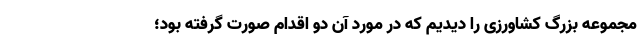
مجموعه بزرگ کشاورزی را دیدیم که در مورد آن دو اقدام صورت گرفته بود؛